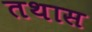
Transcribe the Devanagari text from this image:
तथास